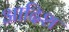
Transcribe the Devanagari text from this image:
आदिश